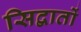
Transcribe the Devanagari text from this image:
सिद्वातों